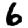
Digit: 6